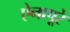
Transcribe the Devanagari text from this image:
ऐनापूरे